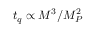
t _ { q } \propto M ^ { 3 } / M _ { P } ^ { 2 }